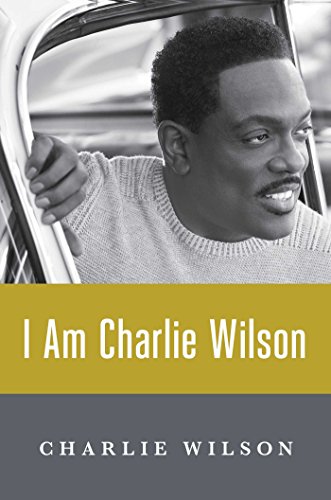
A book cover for I Am Charlie Wilson; Charlie Wilson; Arts & Photography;